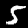
Label: 5